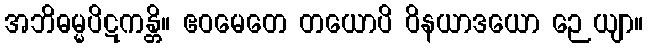
အဘိဓမ္မပိဋကန္တိ။ ဧဝမေတေ တယောပိ ဝိနယာဒယော ဉေယျာ။